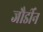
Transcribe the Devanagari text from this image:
जौर्डीन